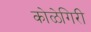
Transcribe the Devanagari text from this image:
कोळेगिरी